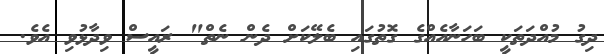
ދިގު މުއްދަތަކީ ބަހަނާއެއްގެ ގޮތުގައި ބެލޭކަށް ދެން ނެތް" ރައީސް ވިދާޅުވި އެވެ.